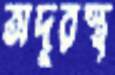
অদূরস্থ